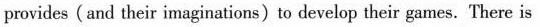
provides(and their imaginations)to develop their games. There is